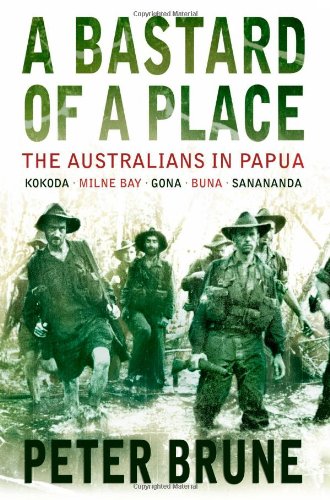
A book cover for A Bastard of a Place: The Australians in Papua; Peter Brune; History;